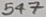
Text: 547